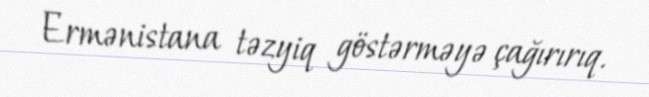
Ermənistana təzyiq göstərməyə çağırırıq.